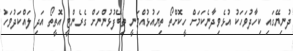
ދުނިޔޭގައި ކިހާދުވަހަކު އުޅެވިދާނެކަމަށް ހީކޮށްތޯ ތިޔައުޅުއްވަނީ ތިބޭފުޅުންނަށް ގެރެންޓީ އޮތީތޯ އަދި ލައްކަދުވަހު